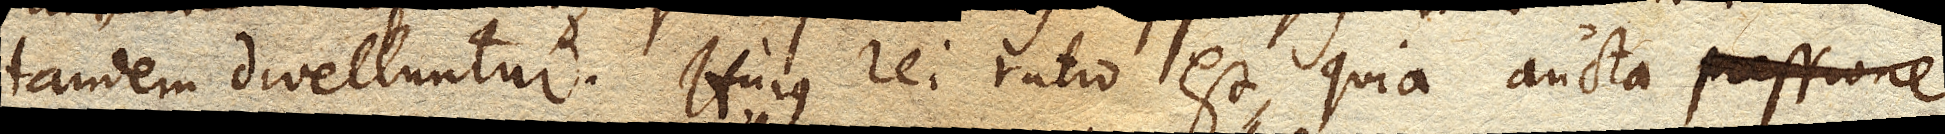
tandem divelluntur. Hujus rei ratio est, quia aucta pressione